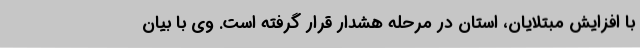
با افزایش مبتلایان، استان در مرحله هشدار قرار گرفته است. وی با بیان